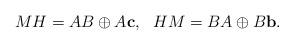
LaTeX: \begin{align*}MH=AB\oplus A{\bf c}, \ \ HM=BA\oplus B{\bf b}.\end{align*}